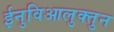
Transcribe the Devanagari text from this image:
ईनुविआलुक्तुन